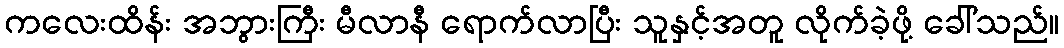
ကလေးထိန်း အဘွားကြီး မီလာနီ ရောက်လာပြီး သူနှင့်အတူ လိုက်ခဲ့ဖို့ ခေါ်သည်။